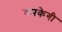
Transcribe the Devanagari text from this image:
चमकेगी